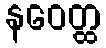
နဝေတ္ထ